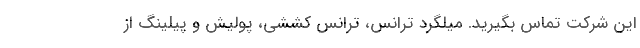
این شرکت تماس بگیرید. میلگرد ترانس، ترانس کششی، پولیش و پیلینگ از